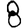
Digit: 8